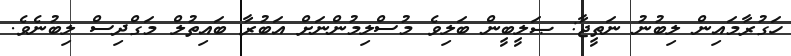
ހަގުރާމައިން ލިބުނު ނަތީޖާ: ޞަލީބީން ބަލިވެ މުސްލިމުންނަށް އަބުރާ ބައިތުލް މަގްދިސް ލިބުނެވެ.